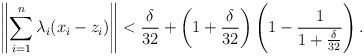
LaTeX: \begin{align*}\left\Vert \sum_{i=1}^n \lambda_i(x_i-z_i)\right\Vert<\frac{\delta}{32}+\left(1+\frac{\delta}{32}\right)\left(1-\frac{1}{1+\frac{\delta}{32}}\right).\end{align*}